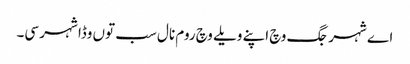
اے شہر جگ وچ اپنے ویلے وچ روم نال سب توں وڈا شہر سی۔